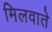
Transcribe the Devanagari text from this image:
मिलवाते